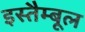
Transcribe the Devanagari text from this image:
इस्तैम्बूल